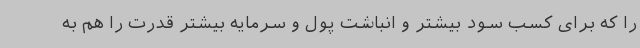
را که برای کسب سود بیشتر و انباشت پول و سرمایه بیشتر قدرت را هم به